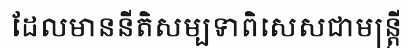
ដែលមាននីតិសម្បទាពិសេសជាមន្ត្រី